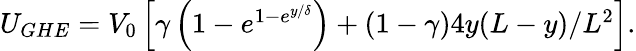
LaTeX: \begin{array}{r}{U_{GHE}=V_{0}\left[\gamma\left(1-e^{1-e^{y/\delta}}\right)+(1-\gamma)4y(L-y)/L^{2}\right].}\end{array}